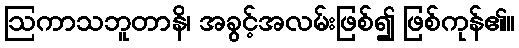
ဩကာသဘူတာနိ၊ အခွင့်အလမ်းဖြစ်၍ ဖြစ်ကုန်၏။